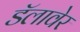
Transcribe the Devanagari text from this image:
डॅलावेर